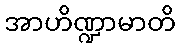
အာဟိဏ္ဍာမာတိ